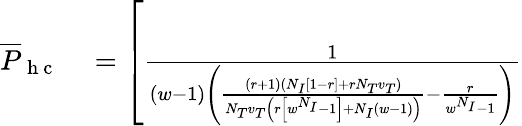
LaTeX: \begin{array}{rl}{\overline{{P}}_{\mathrm{~h~c~}}}&{{}=\left[\frac{1}{(w-1)\left(\frac{(r+1)(N_{I}[1-r]+rN_{T}v_{T})}{N_{T}v_{T}\left(r\left[w^{N_{I}}-1\right]+N_{I}(w-1)\right)}-\frac{r}{w^{N_{I}}-1}\right)}\right.}\end{array}